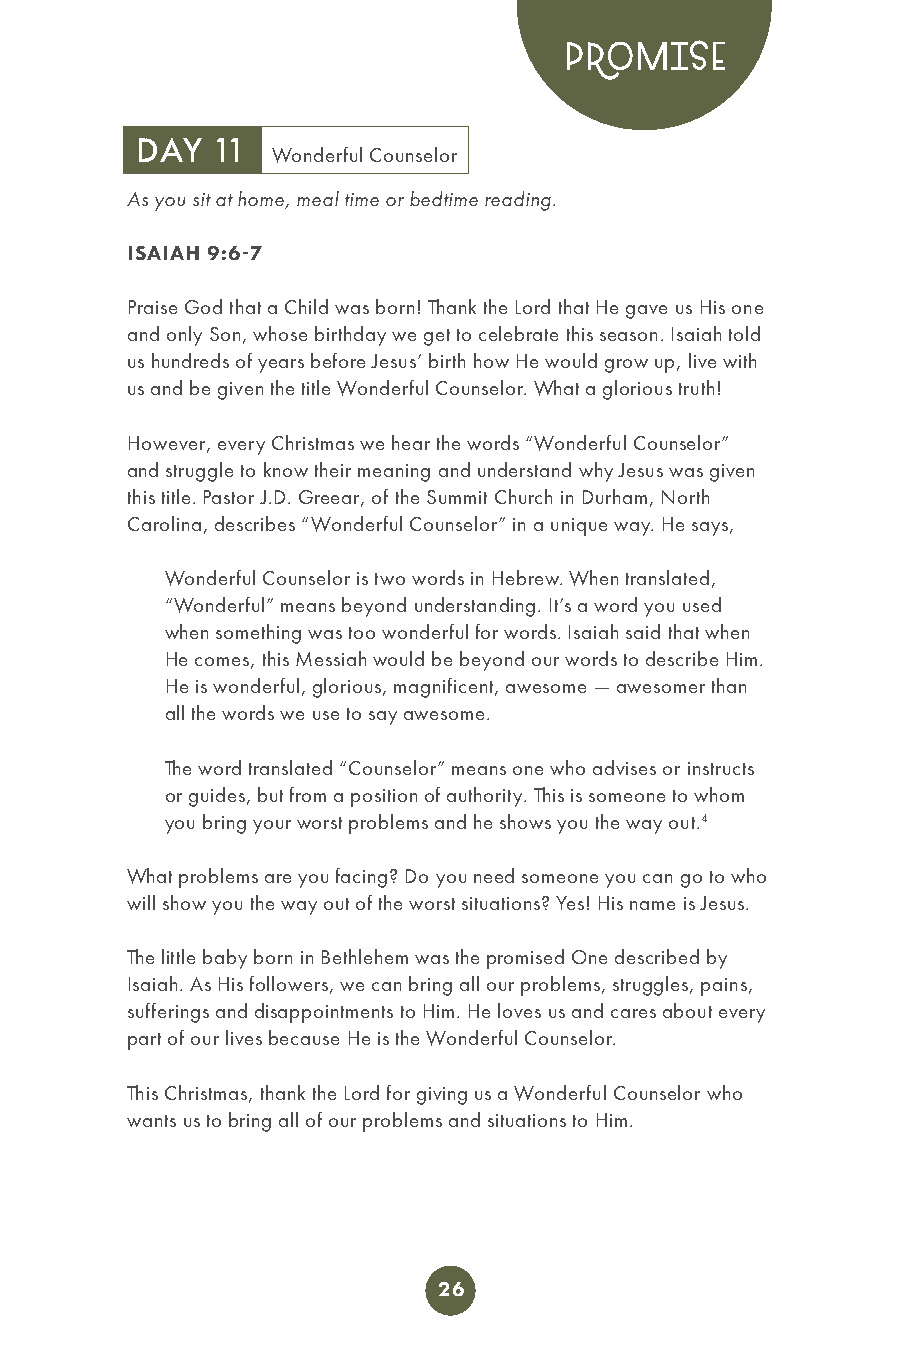
PROMISE
 DAY  11
 Wonderful Counselor
 As you sit at home, meal time or bedtime reading.
 ISAIAH 9:6-7
 Praise God that a Child was born! Thank the Lord that He gave us His one
 and only Son, whose birthday we get to celebrate this season. Isaiah told
 us hundreds of years before Jesus’ birth how He would grow up, live with
 us and be given the title Wonderful Counselor. What a glorious truth!
 However, every Christmas we hear the words “Wonderful Counselor”
 and struggle to know their meaning and understand why Jesus was given
 this title. Pastor J.D. Greear, of the Summit Church in Durham, North
 Carolina, describes “Wonderful Counselor” in a unique way. He says,
 Wonderful Counselor is two words in Hebrew. When translated,
 “Wonderful” means beyond understanding. It’s a word you used
 when something was too wonderful for words. Isaiah said that when
 He comes, this Messiah would be beyond our words to describe Him.
 He is wonderful, glorious, magnificent, awesome — awesomer than
 all the words we use to say awesome.
 The word translated “Counselor” means one who advises or instructs
 or guides, but from a position of authority. This is someone to whom
 you bring your worst problems and he shows you the way out.4
 What problems are you facing? Do you need someone you can go to who
 will show you the way out of the worst situations? Yes! His name is Jesus.
 The little baby born in Bethlehem was the promised One described by
 Isaiah. As His followers, we can bring all our problems, struggles, pains,
 sufferings and disappointments to Him. He loves us and cares about every
 part of our lives because He is the Wonderful Counselor.
 This Christmas, thank the Lord for giving us a Wonderful Counselor who
 wants us to bring all of our problems and situations to Him.
 26